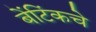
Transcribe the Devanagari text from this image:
बेंटिंकचे